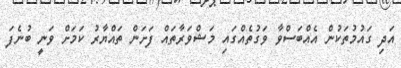
އަދި ގައުމުތަކުން އެއްބަސްވާ ވަގުތެއްގައި މަޝްވަރާތައް ފަށަން ތައްޔާރު ކަމަށް ވަނީ ބުނެފަ